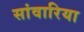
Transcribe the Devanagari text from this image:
सांवारिया